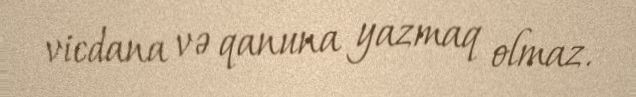
vicdana və qanuna yazmaq olmaz.